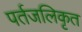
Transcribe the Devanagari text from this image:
पर्तजलिकृत